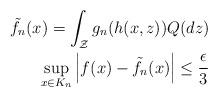
LaTeX: \begin{align*}\tilde{f}_{n}(x)=\int_{\mathcal{Z}}g_{n}(h(x,z))Q(dz)\\\sup_{x \in K_{n}} \left|f(x)-\tilde{f}_{n}(x) \right|\leq \frac{\epsilon}{3}\end{align*}